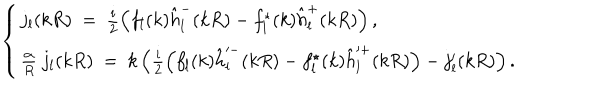
LaTeX: \left\{ \begin{array} { l l } { { j _ { l } ( k R ) \ = \ \frac i 2 \left( f _ { l } ( k ) \hat { h } _ { l } ^ { - } ( k R ) - f _ { l } ^ { \star } ( k ) \hat { h } _ { l } ^ { + } ( k R ) \right) , \nonumber } } \\ { { \frac { \alpha } { R } \ j _ { l } ( k R ) \ = \ k \left( \frac i 2 \left( f _ { l } ( k ) \hat { h } _ { l } ^ { - } ( k R ) - f _ { l } ^ { \star } ( k ) \hat { h } _ { l } ^ { + } ( k R ) \right) - j _ { l } ^ { \prime } ( k R ) \right) . } } \\ \end{array} \right.